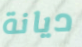
ديانة